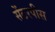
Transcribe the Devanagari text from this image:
सेंटरपीस